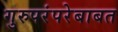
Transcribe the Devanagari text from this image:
गुरुपरंपरेबाबत